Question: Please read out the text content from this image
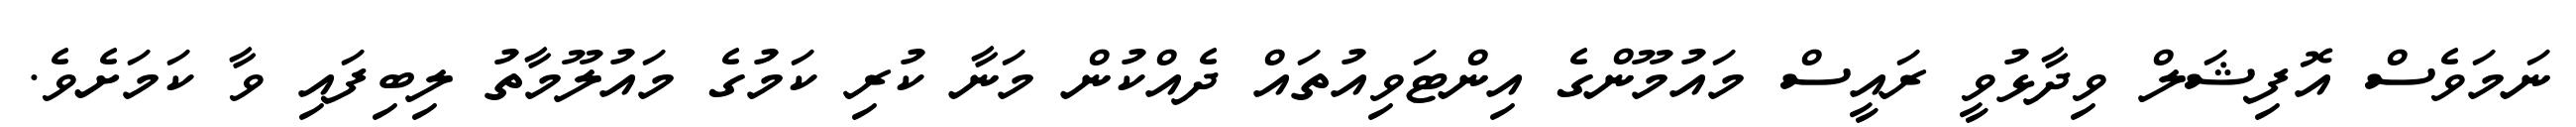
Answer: ނަމަވެސް އޮފިޝަލް ވިދާޅުވީ ރައީސް މައުމޫންގެ އިންޓަވިއުތައް ދެއްކުން މަނާ ކުރި ކަމުގެ މައުލޫމާތު ލިބިފައި ވާ ކަމަށެވެ.